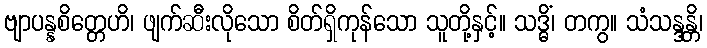
ဗျာပန္နစိတ္တေဟိ၊ ဖျက်ဆီးလိုသော စိတ်ရှိကုန်သော သူတို့နှင့်။ သဒ္ဓိံ၊ တကွ။ သံသန္ဒန္တိ၊